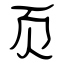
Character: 页